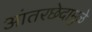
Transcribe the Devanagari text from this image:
आंतरछेदामुळे